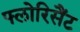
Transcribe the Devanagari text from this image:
फ्लोरिसैंट